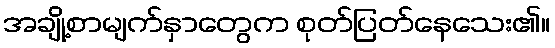
အချို့စာမျက်နှာတွေက စုတ်ပြတ်နေသေး၏။